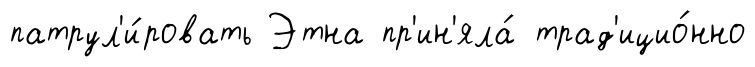
патрул'и́ровать Этна пр'ин'яла́ трад'ицио́нно